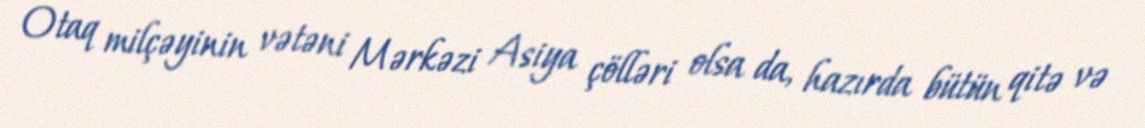
Otaq milçəyinin vətəni Mərkəzi Asiya çölləri olsa da, hazırda bütün qitə və